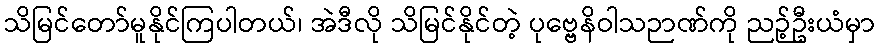
သိမြင်တော်မူနိုင်ကြပါတယ်၊ အဲဒီလို သိမြင်နိုင်တဲ့ ပုဗ္ဗေနိဝါသဉာဏ်ကို ညဉ့်ဦးယံမှာ